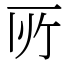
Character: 𫠦